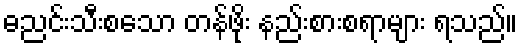
ဓညင်းသီးစသော တန်ဖိုး နည်းစားစရာများ ရသည်။